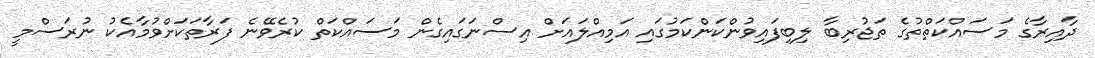
ދާއިރާގެ މަސައްކަތްތުގެ ތަޖުރިބާ ލިބިފައިވުންކަންކަމުގައި އަމިއްލައަށް އިސްނަގައިގެން މަސައްކަތް ކުރެވޭނެ ފަރާތަކަށްވުމާއެކު ނުރަސްމީ